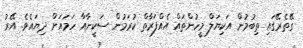
ގޭތެރޭގައި ތިބުމުން އަކިޔަލް މީހުންތައް އެއްފަރާތް ކުރަމުން ސަކީނާއާ ހަމައަށް ދިޔައެވެ. އޭރު